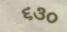
૬૩૦